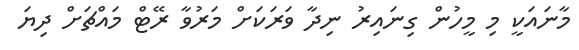
މާނައަކީ މި މީހުން ގިނައިރު ނިދާ ވަރަކަށް މަރުވާ ރޭޓް މައްޗަށް ދިޔަ